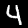
Label: 4